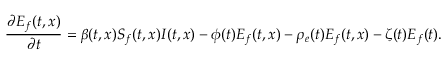
\frac { \partial E _ { f } ( t , x ) } { \partial t } = \beta ( t , x ) S _ { f } ( t , x ) I ( t , x ) - \phi ( t ) E _ { f } ( t , x ) - \rho _ { e } ( t ) E _ { f } ( t , x ) - \zeta ( t ) E _ { f } ( t ) .